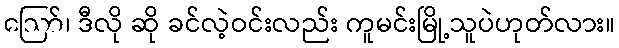
ဪ၊ ဒီလို ဆို ခင်လဲ့ဝင်းလည်း ကူမင်းမြို့သူပဲဟုတ်လား။